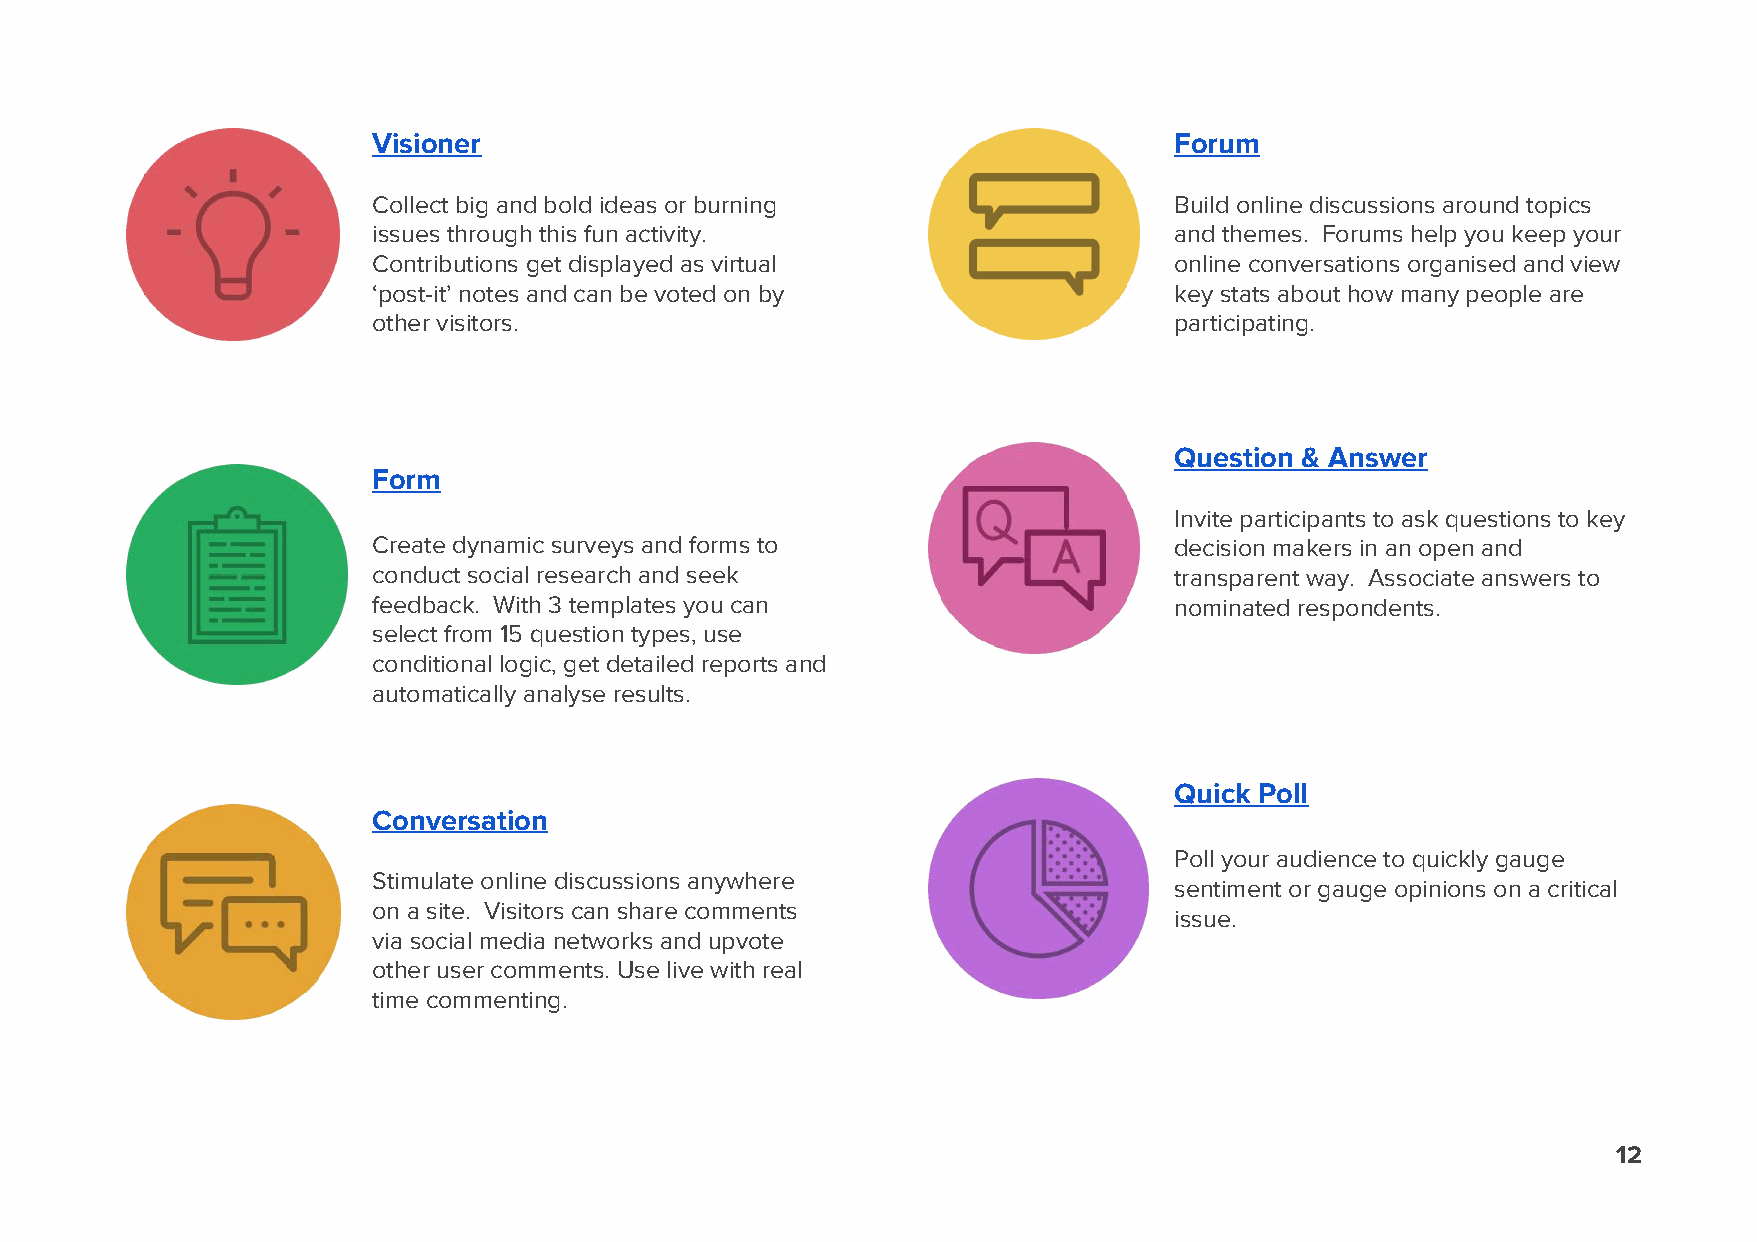
Visioner                                             Forum
 Collect big and bold ideas or burning                Build online discussions around topics
 issues through this fun activity.                    and themes. Forums help you keep your
 Contributions get displayed as virtual               online conversations organised and view
 ‘post-it’ notes and can be voted on by               key stats about how many people are
 other visitors.                                      participating.
 Question & Answer
 Form
 Invite participants to ask questions to key
 Create dynamic surveys and forms to                  decision makers in an open and
 conduct social research and seek                     transparent way. Associate answers to
 feedback. With 3 templates you can                   nominated respondents.
 select from 15 question types, use
 conditional logic, get detailed reports and
 automatically analyse results.
 Quick Poll
 Conversation
 Poll your audience to quickly gauge
 Stimulate online discussions anywhere
 sentiment or gauge opinions on a critical
 on a site. Visitors can share comments
 issue.
 via social media networks and upvote
 other user comments. Use live with real
 time commenting.
 12